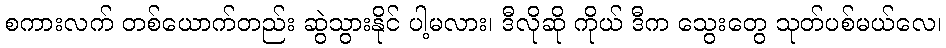
စကားလက် တစ်ယောက်တည်း ဆွဲသွားနိုင် ပါ့မလား၊ ဒီလိုဆို ကိုယ် ဒီက သွေးတွေ သုတ်ပစ်မယ်လေ၊